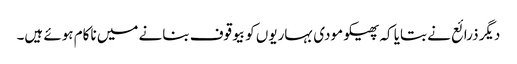
دیگر ذرائع نے بتایا کہ پھیکو مودی بہاریوں کو بیوقوف بنانے میں ناکام ہوئے ہیں۔